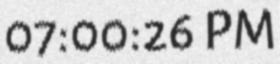
07:00:26 PM